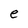
Character: e